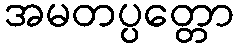
အမတပ္ပတ္တော